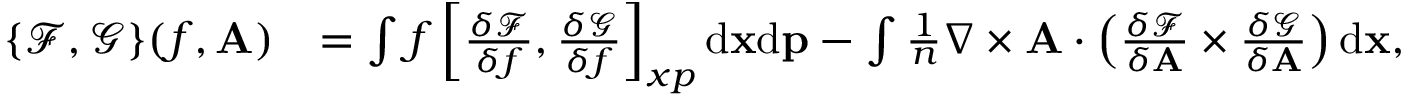
\begin{array} { r l } { \{ \mathcal { F } , \mathcal { G } \} ( f , { \mathbf A } ) } & { = \int f \left[ \frac { \delta \mathcal { F } } { \delta f } , \frac { \delta \mathcal { G } } { \delta f } \right] _ { x p } \mathrm { d } { \mathbf x } \mathrm { d } { \mathbf p } - \int \frac { 1 } { n } \nabla \times \mathbf { A } \cdot \left( \frac { \delta \mathcal { F } } { \delta { \mathbf A } } \times \frac { \delta \mathcal { G } } { \delta { \mathbf A } } \right) \mathrm { d } { \mathbf x } , } \end{array}